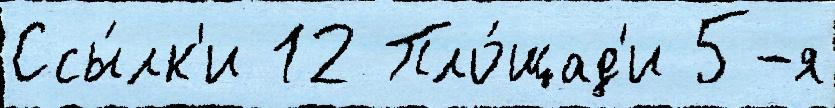
Ссы́лк'и 12 Пло́щад'и 5-я